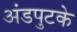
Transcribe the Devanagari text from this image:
अंडपुटके